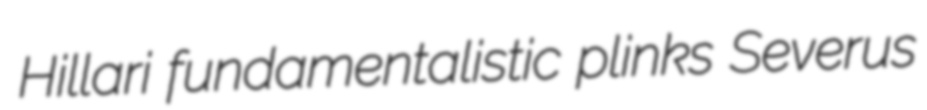
Hillari fundamentalistic plinks Severus